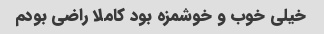
خیلی خوب و خوشمزه بود کاملا راضی بودم